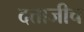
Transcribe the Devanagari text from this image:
दत्ताजीच